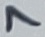
Text: 7